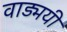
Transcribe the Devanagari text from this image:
वाड्मयी